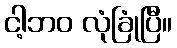
ငါ့ဘဝ လုံခြုံပြီ။